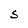
Character: S